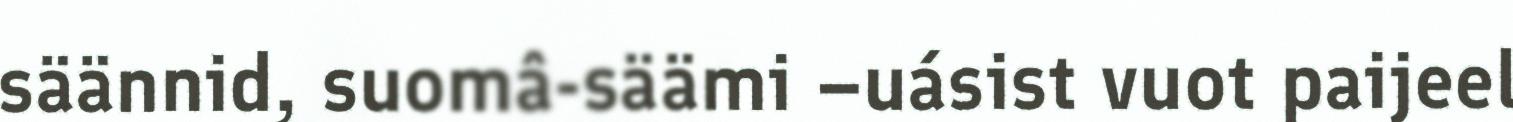
säännid, suomâ-säämi –uásist vuot paijeel